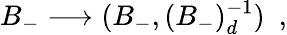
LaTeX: B_{-}\longrightarrow(B_{-},(B_{-})_{d}^{-1})\ \ ,